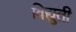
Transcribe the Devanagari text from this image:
विद्युती